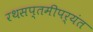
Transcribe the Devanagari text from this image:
रथसप्तमीपर्यंत